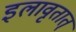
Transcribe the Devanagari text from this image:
इलावृतात्